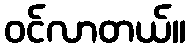
ဝင်လာတယ်။